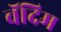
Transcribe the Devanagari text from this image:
वॅदिम